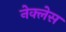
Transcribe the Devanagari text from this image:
नेक्लेस